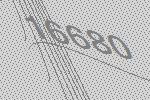
16680